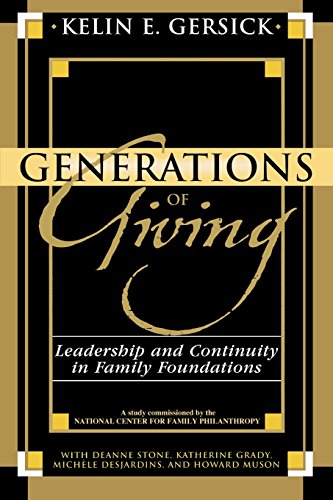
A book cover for Generations of Giving: Leadership and Continuity in Family Foundations; Kelin E. Gersick; Business & Money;